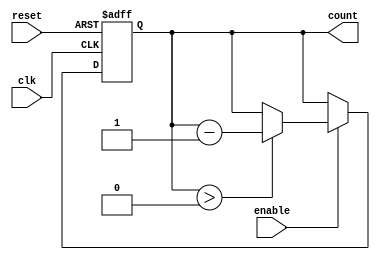
module MemoryBlocksDownCounter #(
    parameter N = 8 // Parameter for the maximum count value (number of bits)
)(
    input wire clk,            // Clock signal
    input wire reset,          // Asynchronous reset signal
    input wire enable,         // Enable signal for counting
    output reg [N-1:0] count   // Current count value in binary format
);

    // Initialize the count value to N on reset
    always @(posedge clk or posedge reset) begin
        if (reset) begin
            count <= N;        // Reset the count to N
        end else if (enable) begin
            if (count > 0) begin
                count <= count - 1; // Decrement the count
            end
        end
    end

endmodule